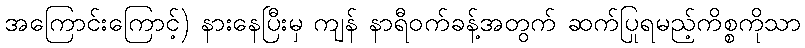
အကြောင်းကြောင့်) နားနေပြီးမှ ကျန် နာရီဝက်ခန့်အတွက် ဆက်ပြုရမည့်ကိစ္စကိုသာ